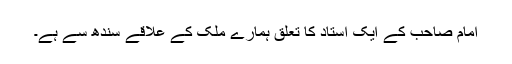
امام صاحب کے ایک استاد کا تعلق ہمارے ملک کے علاقے سندھ سے ہے۔